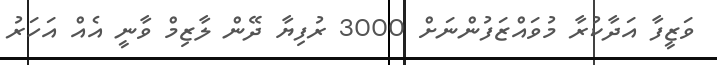
ވަޒީފާ އަދާކުރާ މުވައްޒަފުންނަށް 3000 ރުފިޔާ ދޭން ލާޒިމް ވާނީ އެއް އަހަރު